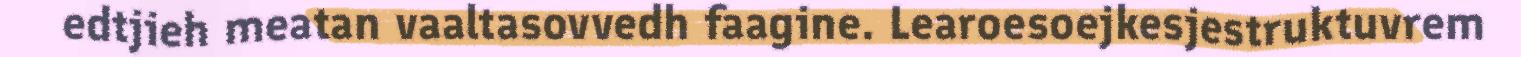
edtjieh meatan vaaltasovvedh faagine. Learoesoejkesjestruktuvrem